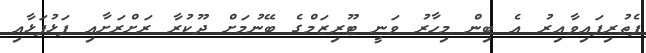
ފެތުރިފައިވާއިރު އެ ބިން މިހާރު ވަނީ ޓޫރިޒަމްގެ ބޭނުމަށް ދޫކުރާ ރަށްރަށާއި ފަޅުފަޅާއި